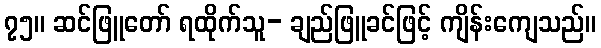
၇၅။ ဆင်ဖြူတော် ရထိုက်သူ- ချည်ဖြူခင်ဖြင့် ကျိန်းကျေသည်။